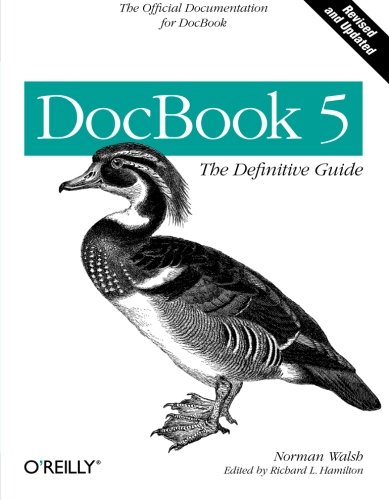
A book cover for DocBook 5: The Definitive Guide; Walsh Norman; Computers & Technology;